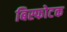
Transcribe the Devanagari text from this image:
बिस्फोटक